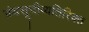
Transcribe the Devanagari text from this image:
ग्रंथसूचीव्यतिरिक्त